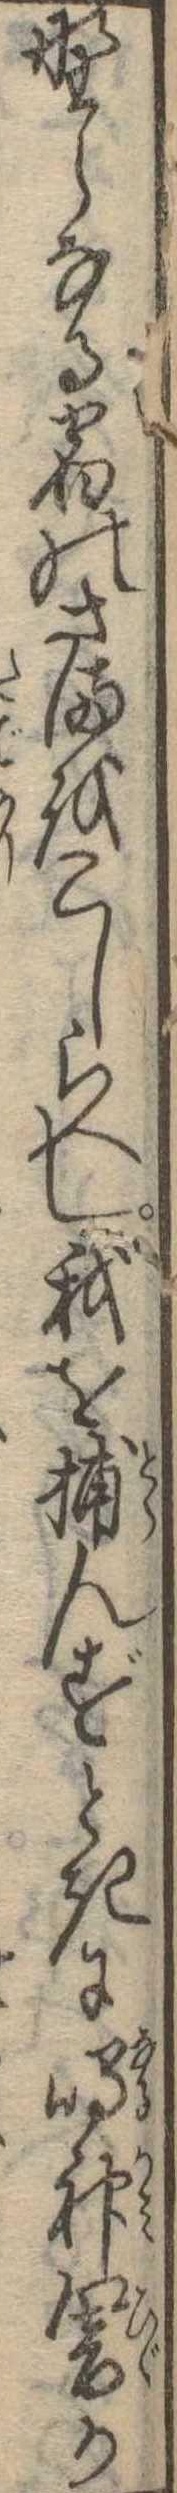
野らなる宿のさまをこしらへし我を捕んずときに鳴神響か